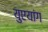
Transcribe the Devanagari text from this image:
युएयांग